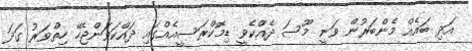
އަދި ބައެއް މެންބަރުން ވަނީ މޫސަ ދެއްކެވީ ޑިމޮކްރަސީއެއްގައި ދައްކަވަންޖެހޭ ހިތްވަރު ގަދަ